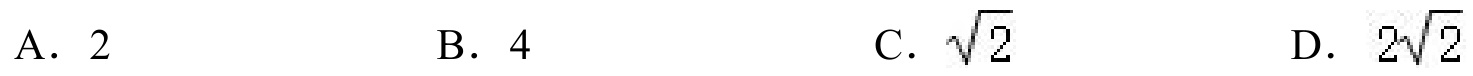
A. \(2\)  B. \(4\)  C. \(\sqrt{2}\)  D. \(2\sqrt{2}\)